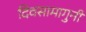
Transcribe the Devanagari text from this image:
दिवसामागुनी